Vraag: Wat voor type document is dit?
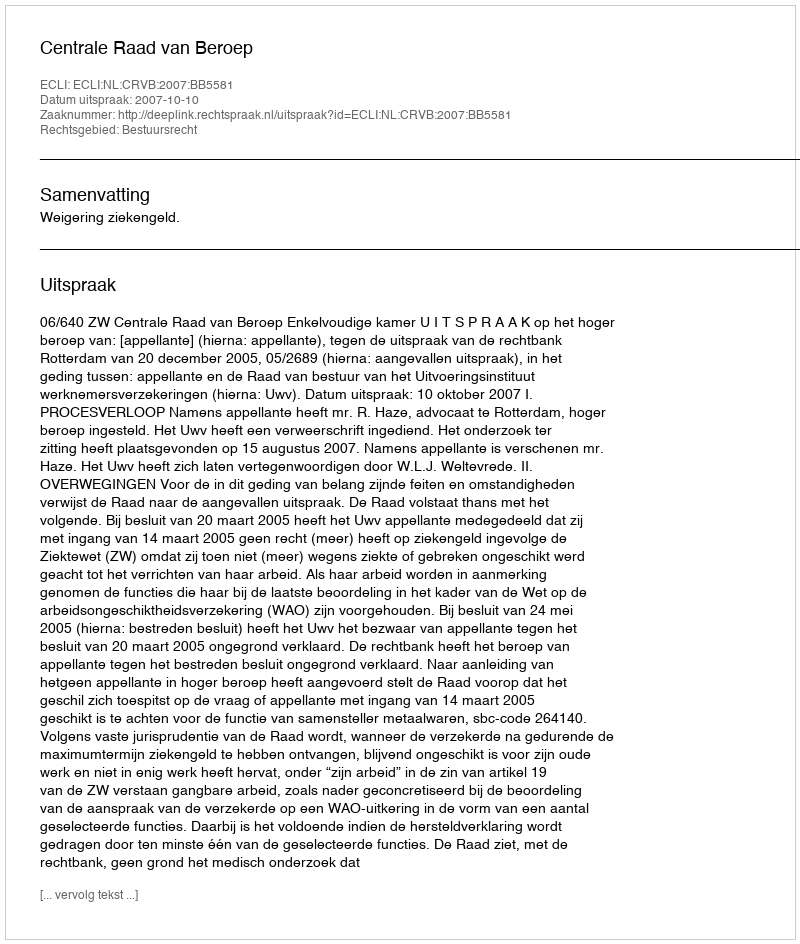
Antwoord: Uitspraak